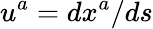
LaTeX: u^{a}=dx^{a}/ds